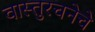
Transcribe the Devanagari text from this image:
वास्तुरचनेचे